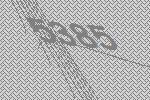
5385